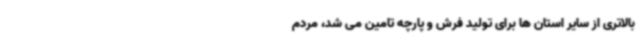
بالاتری از سایر استان ها برای تولید فرش و پارچه تامین می شد، مردم